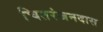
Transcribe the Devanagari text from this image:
चितरंजनदास